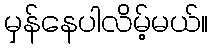
မှန်နေပါလိမ့်မယ်။